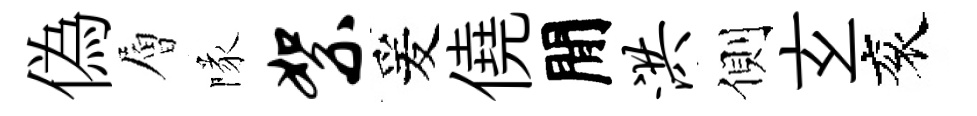
偽層隊絮爰僥閒洪側𤣥衮